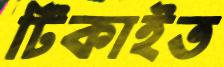
টিকাইত